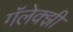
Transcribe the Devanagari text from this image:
गॅलेक्झी